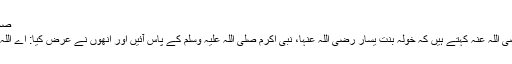
صحىح البخارى
ابوہریرہ رضی اللہ عنہ کہتے ہیں کہ خولہ بنت یسار رضی اللہ عنہا، نبی اکرم صلی اللہ علیہ وسلم کے پاس آئیں اور انھوں نے عرض کیا: اے اللہ کے رسول!